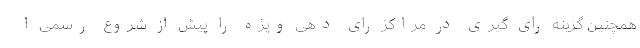
همچنین گزینه رای گیری در مراکز رای دهی ویژه را پیش از شروع رسمی ا